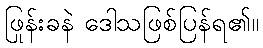
ဖြုန်းခနဲ ဒေါသဖြစ်ပြန်ရ၏။